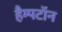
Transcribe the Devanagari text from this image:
हैम्पटॉन